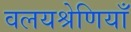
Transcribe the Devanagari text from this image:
वलयश्रेणियाँ